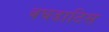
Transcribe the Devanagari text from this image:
बघडाटिस